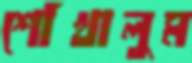
শোঁখালুম